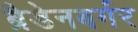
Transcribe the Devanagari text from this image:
ब्रैडेनबर्गर